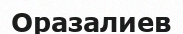
Оразалиев